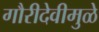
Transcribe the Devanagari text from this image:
गौरीदेवीमुळे